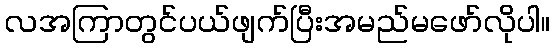
လအကြာတွင်ပယ်ဖျက်ပြီးအမည်မဖော်လိုပါ။